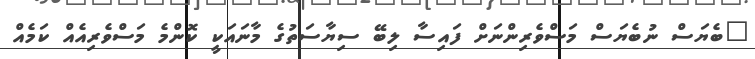
"ބެޔަސް ނުބެޔަސް މަސްވެރިންނަށް ފައިސާ ލިބޭ ސިޔާސަތުގެ މާނައަކީ ކޮންމެ މަސްވެރިއެއް ކަމެއް